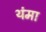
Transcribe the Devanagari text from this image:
थंमा